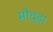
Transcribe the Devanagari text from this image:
मौदहा